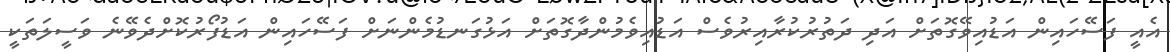
އެއީ ފަސޭހައިން އަޑުއިވޭގޮތަށް އަދި ދަތުރުކުރާއިރުވެސް އަޑުއިވެމުންދާގޮތަށް އަޅުގަނޑުމެންނަށް ފަސޭހައިން އަޑުފޯރުކޮށްދެވޭނެ ވަސީލަތަކީ